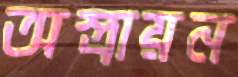
অস্ত্রায়ন